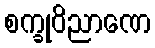
စက္ခုဝိညာဏေ